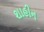
શાહીન